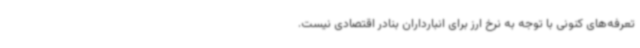
تعرفه‌های کنونی با توجه به نرخ ارز برای انبارداران بنادر اقتصادی نیست.